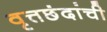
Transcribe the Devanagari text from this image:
वृत्तछंदांची